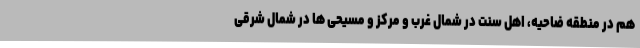
هم در منطقه ضاحیه، اهل سنت در شمال غرب و مرکز و مسیحی ها در شمال شرقی